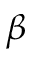
\beta